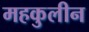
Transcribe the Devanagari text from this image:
महकुलीन